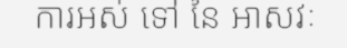
ការអស់ ទៅ នៃ អាសវៈ